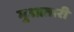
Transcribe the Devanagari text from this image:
गुआतारी